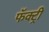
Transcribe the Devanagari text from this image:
फॅक्ट्री